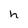
Character: h